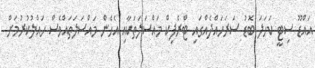
އައްޑޫ ސިޓީ ކަހަލަ ބޮޑު ސަރަހައްދެއްގައި ޓްރެފިކް މައްސަލަތަކާއި އެހެން މައްސަލަތައްވެސް ހައްލުކުރުމަށް